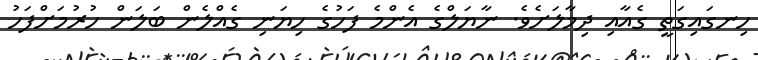
ހިނގައިގަތީ ގެއާއި ދިމާލަށެވެ. ނާޔަލްގެ އެންމެ ފަހުގެ ހިޔަނި ގެއްލެން ބަލަން ހުރުމަށްފަހު